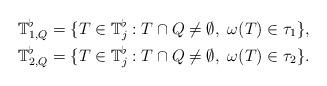
LaTeX: \begin{align*}\mathbb T_{1,Q}^{\flat} &=\{ T \in \mathbb T_{j}^{\flat}: T \cap Q \neq \emptyset,~ \omega(T) \in \tau_1 \}, \\\mathbb T_{2,Q}^{\flat} &=\{ T \in \mathbb T_{j}^{\flat}: T \cap Q \neq \emptyset,~ \omega(T) \in \tau_2 \}. \end{align*}